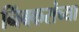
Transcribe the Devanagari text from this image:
निंबकरांच्या